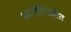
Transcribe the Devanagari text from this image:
जागेविरहीत